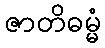
ဇာတိဓမ္မံ